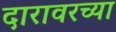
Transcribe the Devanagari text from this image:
दारावरच्या